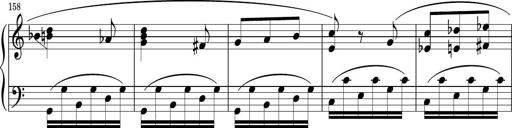
Title: Sonatina PandemÃ³nium
Composer: VÃ­ctor Carbajo
Key: C major